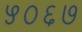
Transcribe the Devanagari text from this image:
५०६७